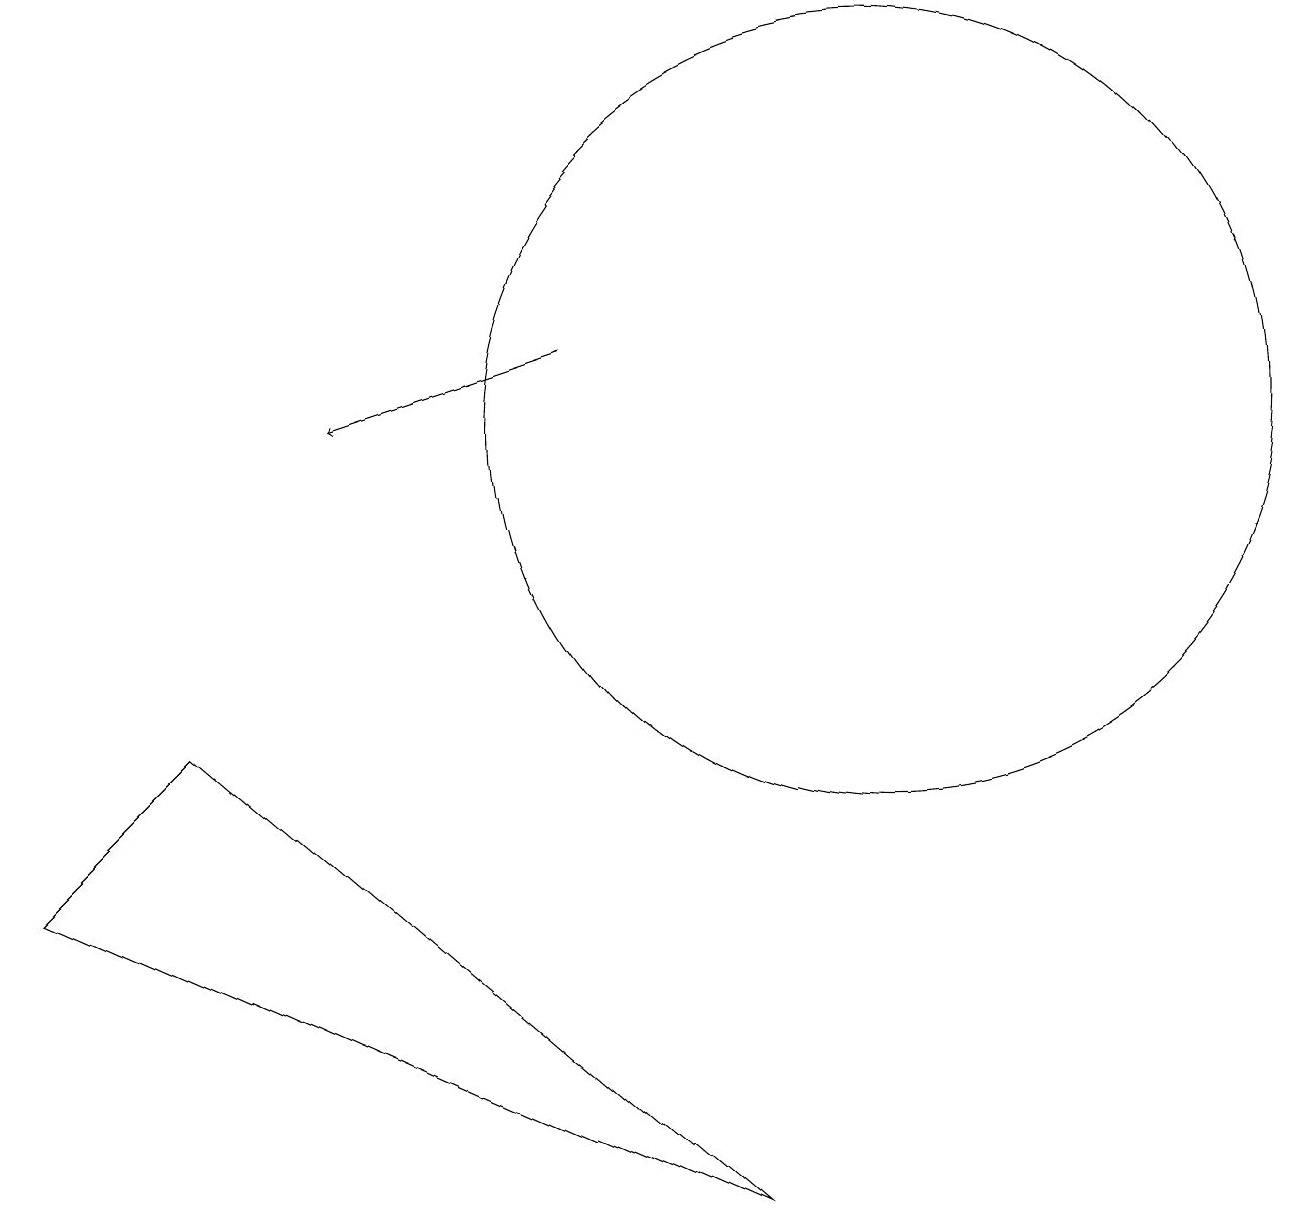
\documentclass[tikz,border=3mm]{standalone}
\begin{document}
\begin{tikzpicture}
\draw (9,0) -- (2,6) -- (0,4) -- cycle;
\draw (11,10) circle (5);
\draw[->] (7,11) -- (4,10);
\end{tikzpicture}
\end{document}